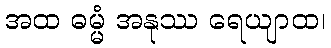
အထ ဓမ္မံ အနုဿ ရေယျာထ၊